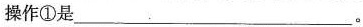
操作①是___。